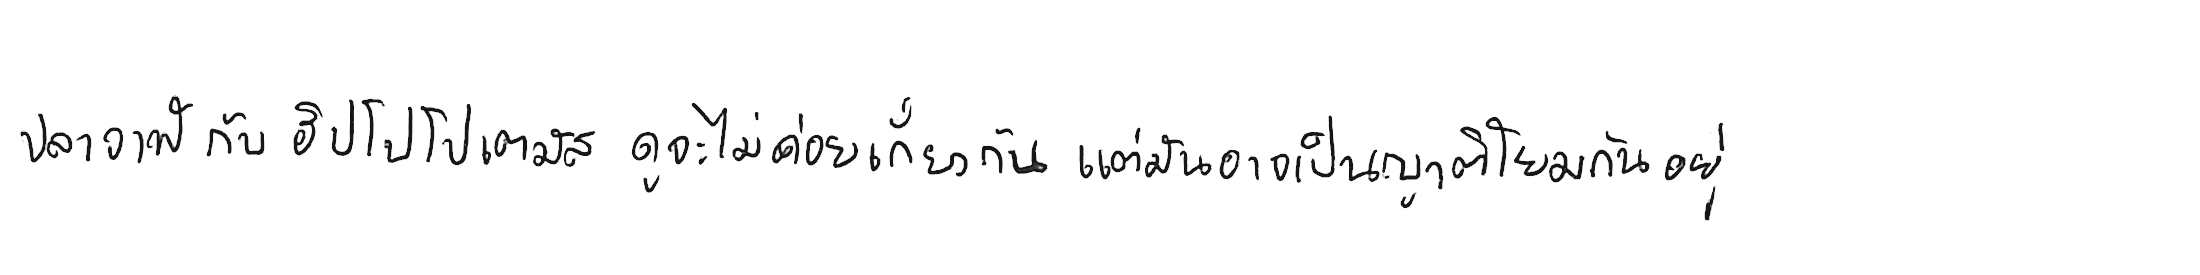
ปลาวาฬ กับ ฮิปโปโปเตมัส ดูจะไม่ค่อยเกี่ยวกัน แต่มันอาจเป็นญาติโยมกันอยู่